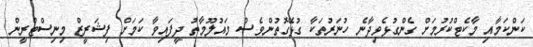
ކަންކަމާއި މާކެޓްކުރުމަށް ގެންގުޅެވިދާނެ ހުނަރުތަކާ ގުޅޭގޮތުންވެސް މައުލޫމާތު ދީފައިވާ ކަމަށް ފިޝަރީޒް މިނިސްޓްރީން